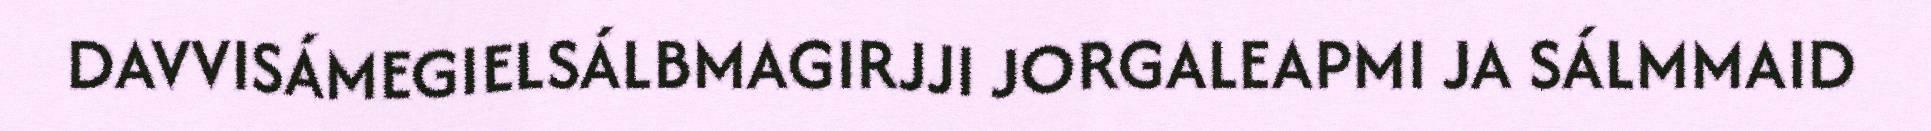
DAVVISÁMEGIELSÁLBMAGIRJJI JORGALEAPMI JA SÁLMMAID